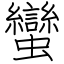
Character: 蠻